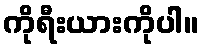
ကိုရီးယားကိုပါ။